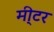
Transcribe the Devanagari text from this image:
मी्टर